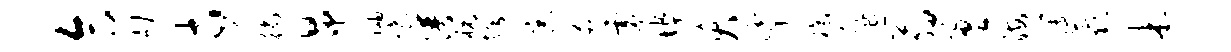
合劬市徜昂岫愉谱祝愕宗迫虚埠夭挲福蜚翁盈海簿蕊米